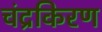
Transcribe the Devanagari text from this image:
चंद्रकिरण